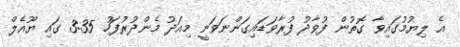
އެ ލިޔުމުގައިވާ ގޮތުން ފުވާދު ފުރާވަޑައިގަންނަވަނީ މިއަދު މެންދުރުފަހު 3:35 ގައި ޔޫއެލް